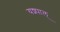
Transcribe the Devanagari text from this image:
यश्पाल्